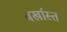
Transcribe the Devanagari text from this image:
बर्खास्त